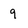
Character: 9